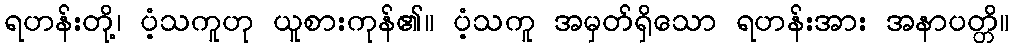
ရဟန်းတို့၊ ပံ့သကူဟု ယူစားကုန်၏။ ပံ့သကူ အမှတ်ရှိသော ရဟန်းအား အနာပတ္တိ။